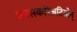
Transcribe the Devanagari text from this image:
एक्सकरिअटिओन्